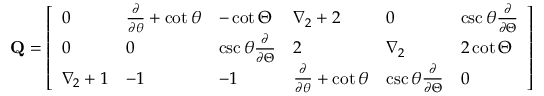
\mathbf { Q } = \left[ \begin{array} { l l l l l l } { 0 } & { \frac { \partial } { \partial \theta } + \cot \theta } & { - \cot \Theta } & { \nabla _ { 2 } + 2 } & { 0 } & { \csc \theta \frac { \partial } { \partial \Theta } } \\ { 0 } & { 0 } & { \csc \theta \frac { \partial } { \partial \Theta } } & { 2 } & { \nabla _ { 2 } } & { 2 \cot \Theta } \\ { \nabla _ { 2 } + 1 } & { - 1 } & { - 1 } & { \frac { \partial } { \partial \theta } + \cot \theta } & { \csc \theta \frac { \partial } { \partial \Theta } } & { 0 } \end{array} \right]